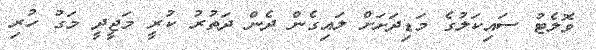
ވޮލެޓު ސައިކަލުގެ މަޑިދަށަށް ލައިގެން ދެން ދަތުރު ކުރީ މަޖީދީ މަގު ހުރި